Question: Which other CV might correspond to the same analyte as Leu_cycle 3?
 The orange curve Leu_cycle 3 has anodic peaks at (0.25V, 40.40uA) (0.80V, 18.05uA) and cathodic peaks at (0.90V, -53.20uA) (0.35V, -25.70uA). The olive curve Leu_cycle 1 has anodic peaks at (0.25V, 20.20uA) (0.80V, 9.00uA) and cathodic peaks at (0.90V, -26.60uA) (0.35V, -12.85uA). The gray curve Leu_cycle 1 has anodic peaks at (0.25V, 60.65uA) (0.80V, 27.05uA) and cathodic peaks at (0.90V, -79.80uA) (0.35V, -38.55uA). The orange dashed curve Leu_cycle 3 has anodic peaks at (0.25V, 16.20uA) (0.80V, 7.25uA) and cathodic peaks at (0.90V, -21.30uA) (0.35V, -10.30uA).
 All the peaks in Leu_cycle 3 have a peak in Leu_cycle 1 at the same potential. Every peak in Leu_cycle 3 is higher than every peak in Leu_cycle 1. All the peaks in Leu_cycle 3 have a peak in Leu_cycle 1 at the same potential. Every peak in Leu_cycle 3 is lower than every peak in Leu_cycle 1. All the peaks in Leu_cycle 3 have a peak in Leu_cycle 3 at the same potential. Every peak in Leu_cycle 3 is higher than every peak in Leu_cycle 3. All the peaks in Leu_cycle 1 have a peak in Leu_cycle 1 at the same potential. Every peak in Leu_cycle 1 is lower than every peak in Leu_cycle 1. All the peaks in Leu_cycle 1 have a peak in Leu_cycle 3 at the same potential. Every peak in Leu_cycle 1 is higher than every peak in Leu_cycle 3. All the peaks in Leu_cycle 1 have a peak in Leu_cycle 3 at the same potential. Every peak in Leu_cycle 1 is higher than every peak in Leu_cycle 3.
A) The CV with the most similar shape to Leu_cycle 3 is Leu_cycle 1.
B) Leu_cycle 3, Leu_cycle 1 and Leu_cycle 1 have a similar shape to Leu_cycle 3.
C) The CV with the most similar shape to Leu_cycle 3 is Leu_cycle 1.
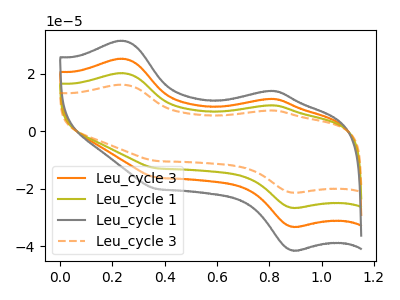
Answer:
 <answer>B) "Leu_cycle 3", "Leu_cycle 1" and "Leu_cycle 1" have a similar shape to "Leu_cycle 3".</answer>
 <eval>B</eval>